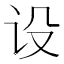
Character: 设